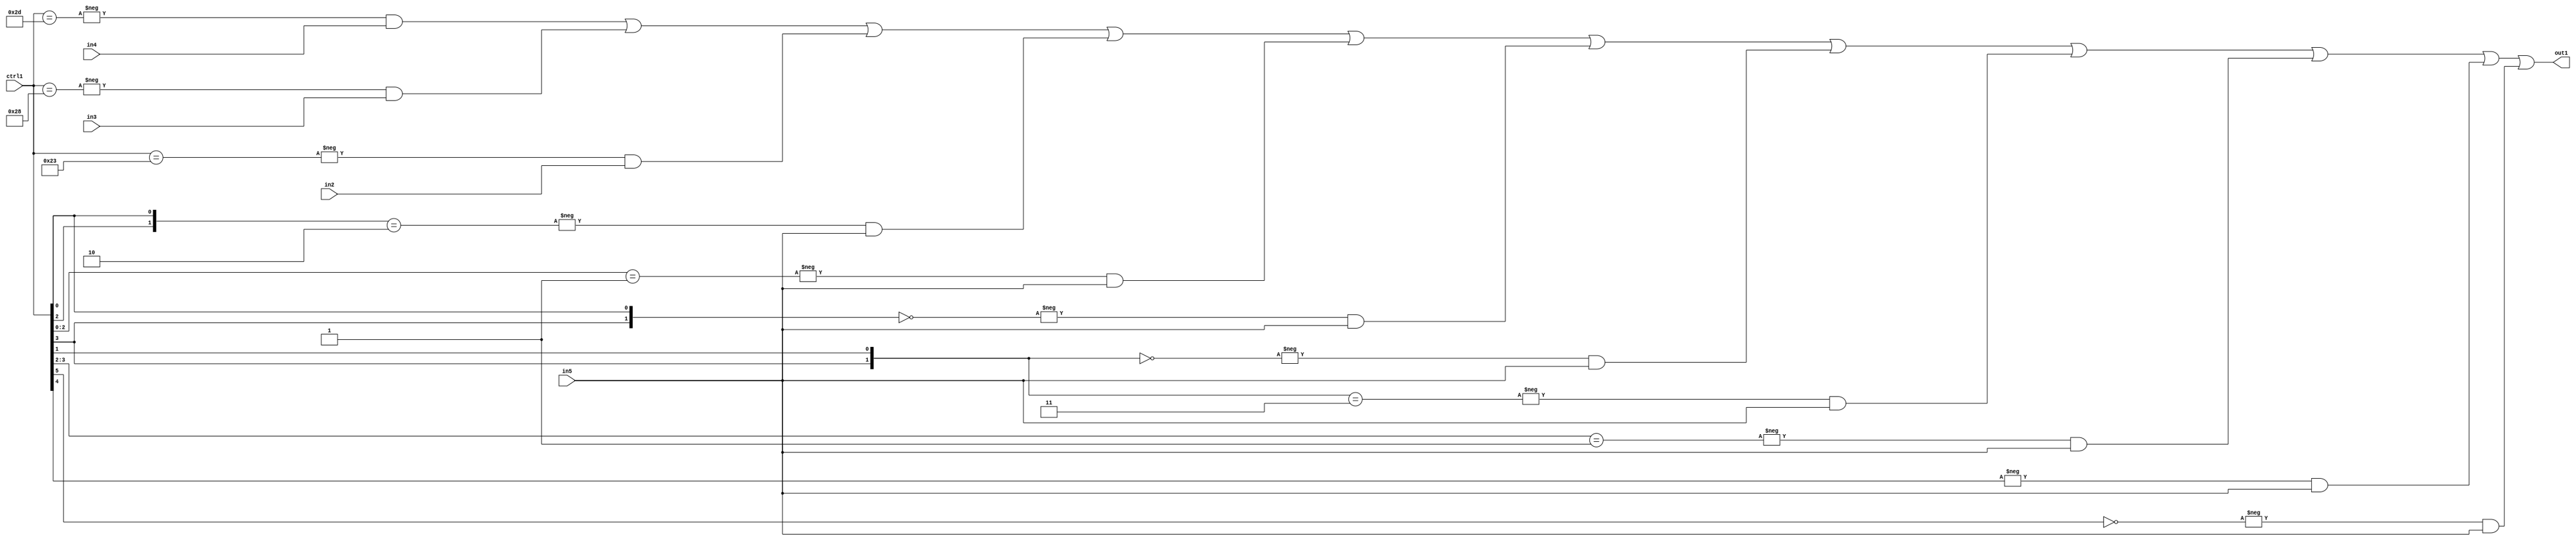
`timescale 1ps / 1ps
/*****************************************************************************
    Verilog RTL Description
    
    
    Created by: Stratus DpOpt 21.05.01 
*******************************************************************************/

module SobelFilter_N_Mux_32_4_30_4 (
	in5,
	in4,
	in3,
	in2,
	ctrl1,
	out1
	); /* architecture "behavioural" */ 
input [31:0] in5;
input [8:0] in4,
	in3,
	in2;
input [5:0] ctrl1;
output [31:0] out1;
wire [31:0] asc001;

assign asc001 = 
	-{ctrl1 == 6'B101101} & in4 |
	-{ctrl1 == 6'B101000} & in3 |
	-{ctrl1 == 6'B100011} & in2 |
	-{{ctrl1[2], ctrl1[0]} == 2'B10} & in5 |
	-{ctrl1[2:0] == 3'B001} & in5 |
	-{{ctrl1[3], ctrl1[0]} == 2'B00} & in5 |
	-{{ctrl1[3], ctrl1[1]} == 2'B00} & in5 |
	-{{ctrl1[3], ctrl1[1]} == 2'B11} & in5 |
	-{ctrl1[3:2] == 2'B01} & in5 |
	-{ctrl1[4] == 1'B1} & in5 |
	-{ctrl1[5] == 1'B0} & in5 ;

assign out1 = asc001;
endmodule

/* CADENCE  vbHzQww= : u9/ySxbfrwZIxEzHVQQV8Q== ** DO NOT EDIT THIS LINE ******/